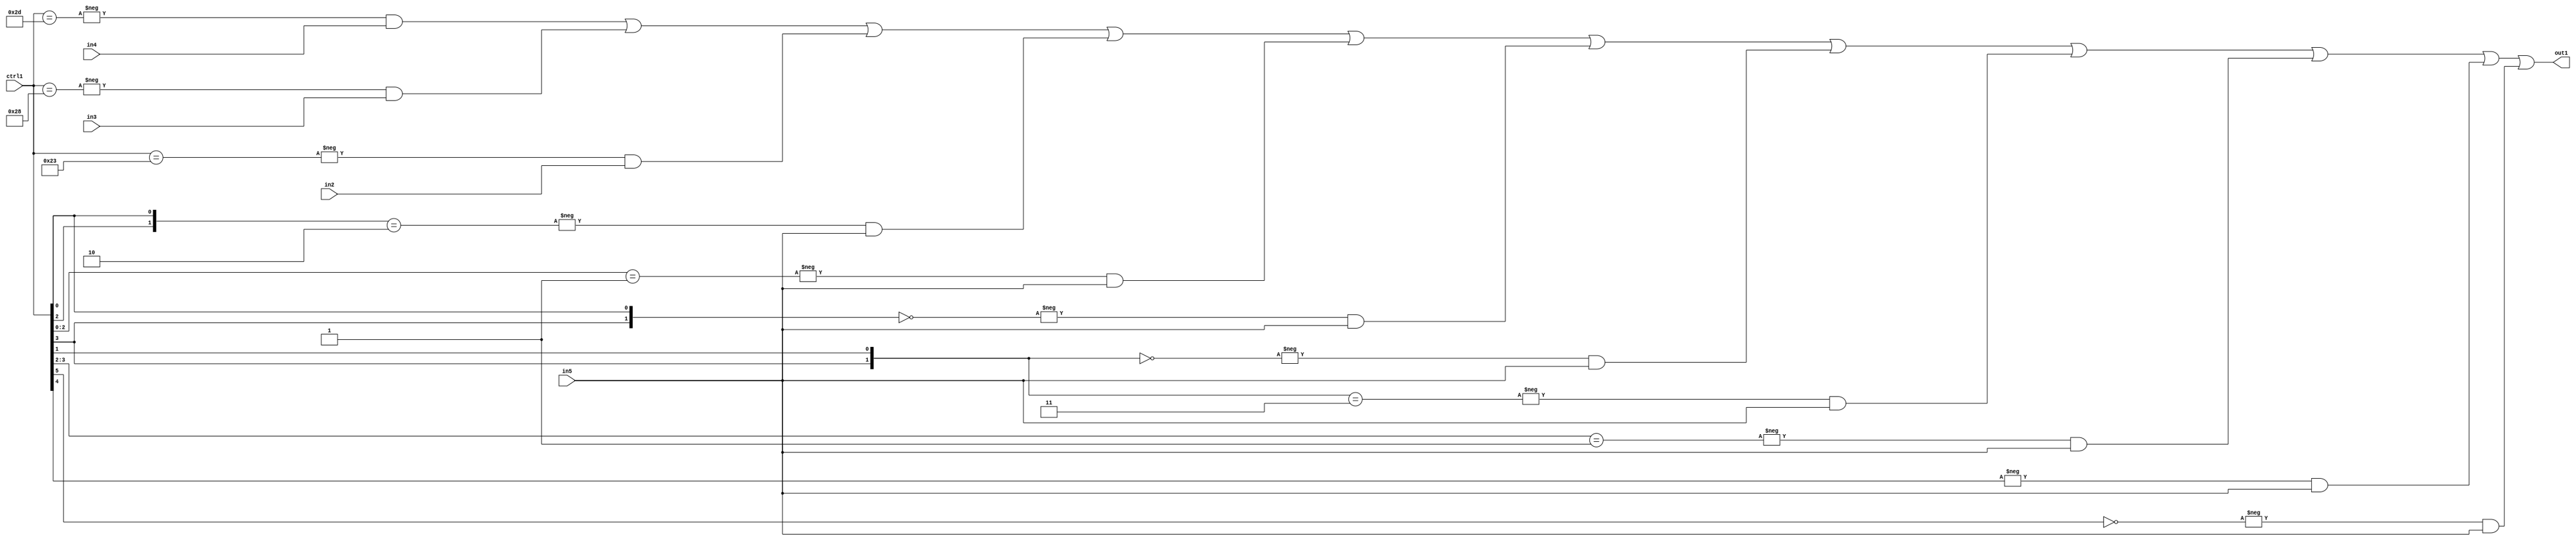
`timescale 1ps / 1ps
/*****************************************************************************
    Verilog RTL Description
    
    
    Created by: Stratus DpOpt 21.05.01 
*******************************************************************************/

module SobelFilter_N_Mux_32_4_30_4 (
	in5,
	in4,
	in3,
	in2,
	ctrl1,
	out1
	); /* architecture "behavioural" */ 
input [31:0] in5;
input [8:0] in4,
	in3,
	in2;
input [5:0] ctrl1;
output [31:0] out1;
wire [31:0] asc001;

assign asc001 = 
	-{ctrl1 == 6'B101101} & in4 |
	-{ctrl1 == 6'B101000} & in3 |
	-{ctrl1 == 6'B100011} & in2 |
	-{{ctrl1[2], ctrl1[0]} == 2'B10} & in5 |
	-{ctrl1[2:0] == 3'B001} & in5 |
	-{{ctrl1[3], ctrl1[0]} == 2'B00} & in5 |
	-{{ctrl1[3], ctrl1[1]} == 2'B00} & in5 |
	-{{ctrl1[3], ctrl1[1]} == 2'B11} & in5 |
	-{ctrl1[3:2] == 2'B01} & in5 |
	-{ctrl1[4] == 1'B1} & in5 |
	-{ctrl1[5] == 1'B0} & in5 ;

assign out1 = asc001;
endmodule

/* CADENCE  vbHzQww= : u9/ySxbfrwZIxEzHVQQV8Q== ** DO NOT EDIT THIS LINE ******/